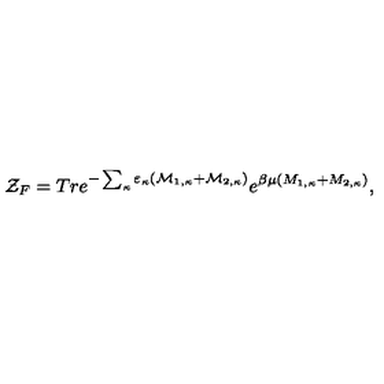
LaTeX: { \cal Z } _ { F } = T r e ^ { - \sum _ { \kappa } \varepsilon _ { \kappa } ( { \cal M } _ { 1 , \kappa } + { \cal M } _ { 2 , \kappa } ) } e ^ { \beta \mu ( M _ { 1 , \kappa } + M _ { 2 , \kappa } ) } ,